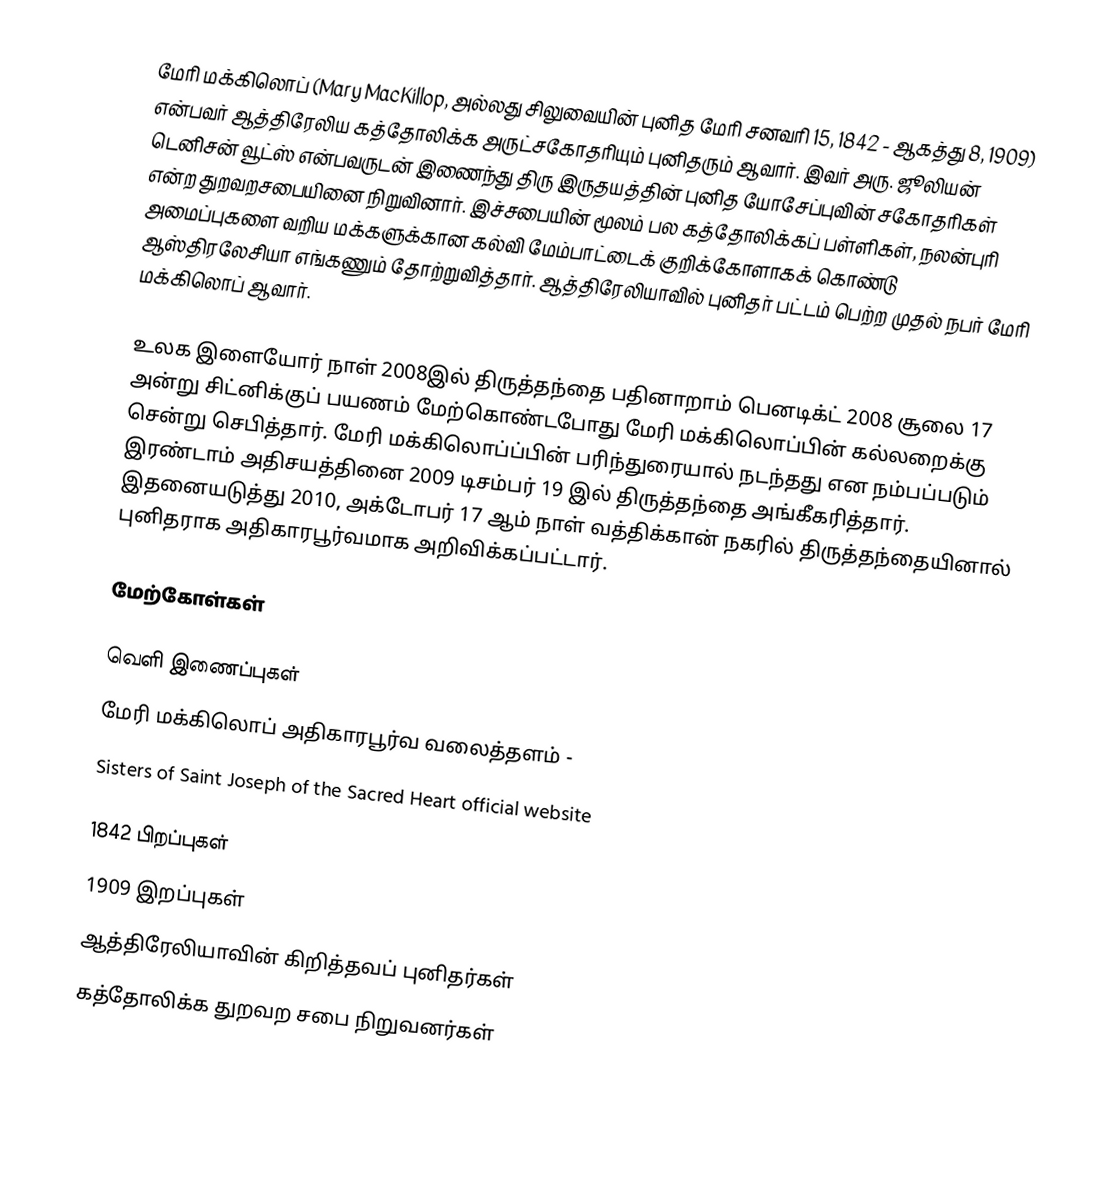
மேரி மக்கிலொப் (Mary MacKillop, அல்லது சிலுவையின் புனித மேரி சனவரி 15, 1842 - ஆகத்து 8, 1909) என்பவர் ஆத்திரேலிய கத்தோலிக்க அருட்சகோதரியும் புனிதரும் ஆவார். இவர் அரு. ஜூலியன் டெனிசன் வூட்ஸ் என்பவருடன் இணைந்து திரு இருதயத்தின் புனித யோசேப்புவின் சகோதரிகள் என்ற துறவறசபையினை நிறுவினார். இச்சபையின் மூலம் பல கத்தோலிக்கப் பள்ளிகள், நலன்புரி அமைப்புகளை வறிய மக்களுக்கான கல்வி மேம்பாட்டைக் குறிக்கோளாகக் கொண்டு ஆஸ்திரலேசியா எங்கணும் தோற்றுவித்தார். ஆத்திரேலியாவில் புனிதர் பட்டம் பெற்ற முதல் நபர் மேரி மக்கிலொப் ஆவார்.

உலக இளையோர் நாள் 2008இல் திருத்தந்தை பதினாறாம் பெனடிக்ட் 2008 சூலை 17 அன்று சிட்னிக்குப் பயணம் மேற்கொண்டபோது மேரி மக்கிலொப்பின் கல்லறைக்கு சென்று செபித்தார். மேரி மக்கிலொப்ப்பின் பரிந்துரையால் நடந்தது என நம்பப்படும் இரண்டாம் அதிசயத்தினை 2009 டிசம்பர் 19 இல் திருத்தந்தை அங்கீகரித்தார். இதனையடுத்து 2010, அக்டோபர் 17 ஆம் நாள் வத்திக்கான் நகரில் திருத்தந்தையினால் புனிதராக அதிகாரபூர்வமாக அறிவிக்கப்பட்டார்.

மேற்கோள்கள்

வெளி இணைப்புகள்
 மேரி மக்கிலொப் அதிகாரபூர்வ வலைத்தளம் -
 Sisters of Saint Joseph of the Sacred Heart official website

1842 பிறப்புகள்
1909 இறப்புகள்
ஆத்திரேலியாவின் கிறித்தவப் புனிதர்கள்
கத்தோலிக்க துறவற சபை நிறுவனர்கள்